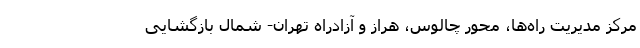
مرکز مدیریت راه‌ها، محور چالوس، هراز و آزادراه تهران- شمال بازگشایی